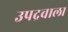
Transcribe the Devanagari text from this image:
उपद्रवाला